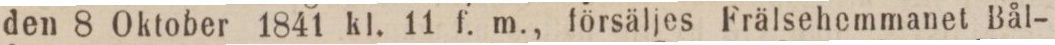
den 8 Oktober 1841 kl. 11 f. m., försäljes Frälsehemmanet Bål-